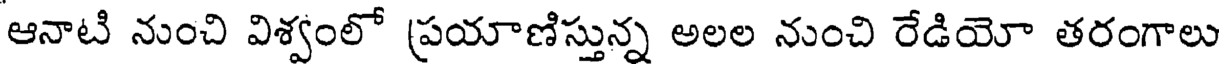
ఆనాటి నుంచి విశ్వంలో ప్రయాణిస్తున్న అలల నుంచి రేడియో తరంగాలు